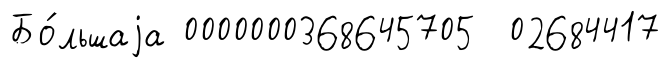
Бо́льшаjа 0000000368645705 02684417